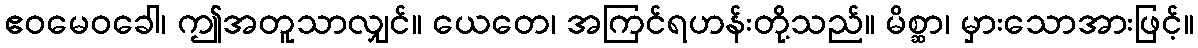
ဧဝမေဝခေါ၊ ဤအတူသာလျှင်။ ယေတေ၊ အကြင်ရဟန်းတို့သည်။ မိစ္ဆာ၊ မှားသောအားဖြင့်။